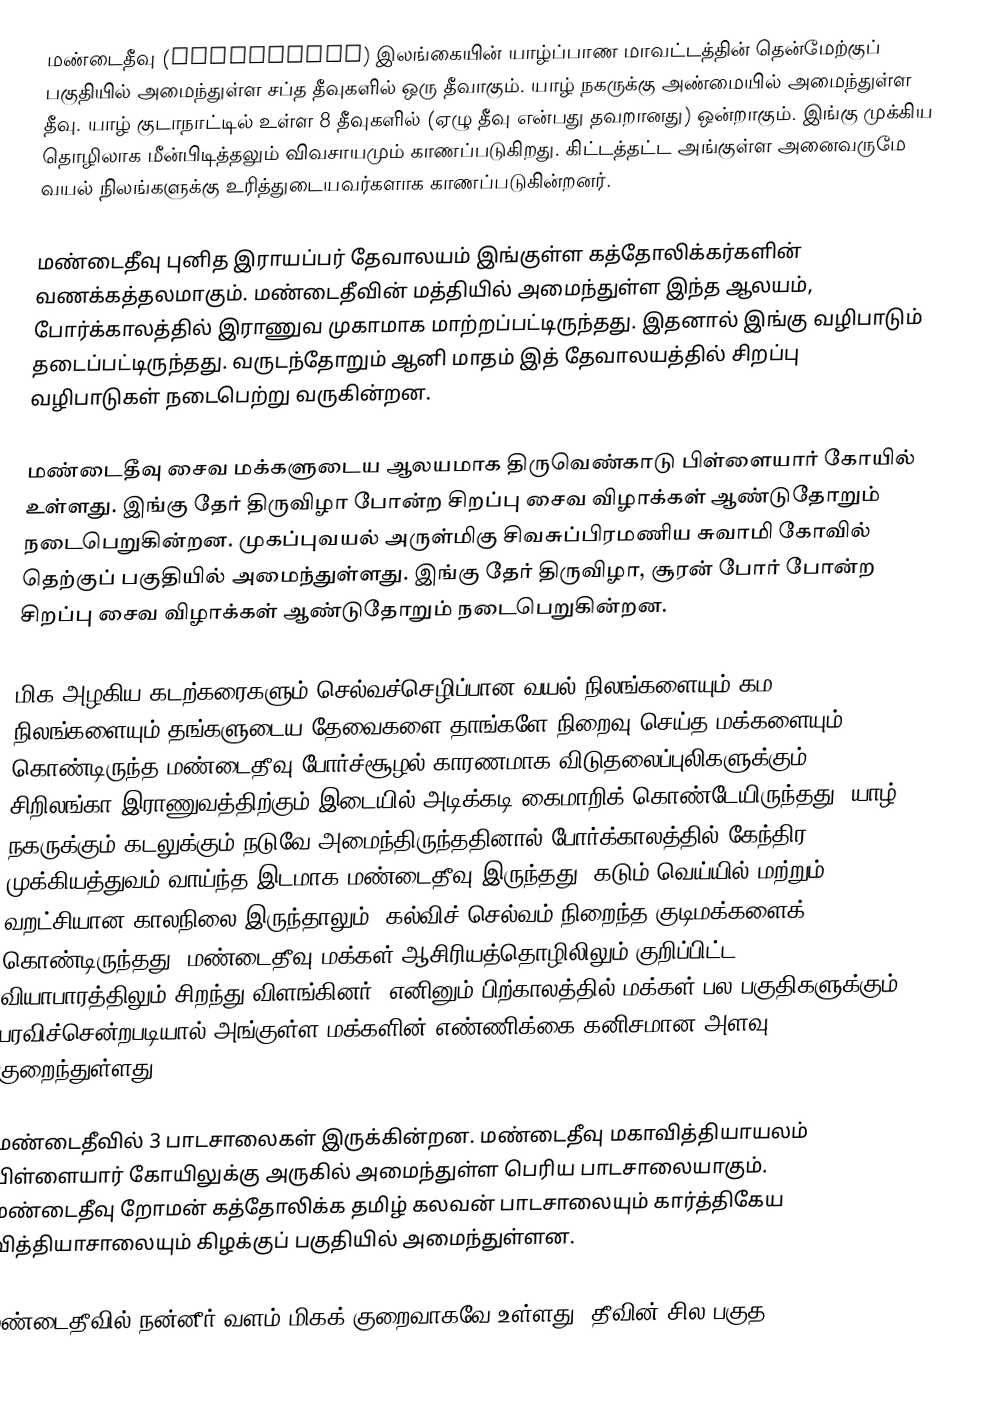
மண்டைதீவு (Mandathivu) இலங்கையின் யாழ்ப்பாண மாவட்டத்தின் தென்மேற்குப் பகுதியில் அமைந்துள்ள சப்த தீவுகளில் ஒரு தீவாகும். யாழ் நகருக்கு அண்மையில் அமைந்துள்ள தீவு. யாழ் குடாநாட்டில் உள்ள 8 தீவுகளில் (ஏழு தீவு என்பது தவறானது) ஒன்றாகும். இங்கு முக்கிய தொழிலாக மீன்பிடித்தலும் விவசாயமும் காணப்படுகிறது. கிட்டத்தட்ட அங்குள்ள அனைவருமே வயல் நிலங்களுக்கு உரித்துடையவர்களாக காணப்படுகின்றனர்.

மண்டைதீவு புனித இராயப்பர் தேவாலயம் இங்குள்ள கத்தோலிக்கர்களின் வணக்கத்தலமாகும். மண்டைதீவின் மத்தியில் அமைந்துள்ள இந்த ஆலயம், போர்க்காலத்தில் இராணுவ முகாமாக மாற்றப்பட்டிருந்தது. இதனால் இங்கு வழிபாடும் தடைப்பட்டிருந்தது. வருடந்தோறும் ஆனி மாதம் இத் தேவாலயத்தில் சிறப்பு வழிபாடுகள் நடைபெற்று வருகின்றன.

மண்டைதீவு சைவ மக்களுடைய ஆலயமாக திருவெண்காடு பிள்ளையார் கோயில் உள்ளது. இங்கு தேர் திருவிழா போன்ற சிறப்பு சைவ விழாக்கள் ஆண்டுதோறும் நடைபெறுகின்றன. முகப்புவயல் அருள்மிகு சிவசுப்பிரமணிய சுவாமி கோவில் தெற்குப் பகுதியில் அமைந்துள்ளது. இங்கு தேர் திருவிழா, சூரன் போர் போன்ற சிறப்பு சைவ விழாக்கள் ஆண்டுதோறும் நடைபெறுகின்றன.

மிக அழகிய கடற்கரைகளும் செல்வச்செழிப்பான வயல் நிலங்களையும் கம நிலங்களையும் தங்களுடைய தேவைகளை தாங்களே நிறைவு செய்த மக்களையும் கொண்டிருந்த மண்டைதீவு போர்ச்சூழல் காரணமாக விடுதலைப்புலிகளுக்கும் சிறிலங்கா இராணுவத்திற்கும் இடையில் அடிக்கடி கைமாறிக் கொண்டேயிருந்தது. யாழ் நகருக்கும் கடலுக்கும் நடுவே அமைந்திருந்ததினால் போர்க்காலத்தில் கேந்திர முக்கியத்துவம் வாய்ந்த இடமாக மண்டைதீவு இருந்தது. கடும் வெய்யில் மற்றும் வறட்சியான காலநிலை இருந்தாலும், கல்விச் செல்வம் நிறைந்த குடிமக்களைக் கொண்டிருந்தது. மண்டைதீவு மக்கள் ஆசிரியத்தொழிலிலும் குறிப்பிட்ட வியாபாரத்திலும் சிறந்து விளங்கினர். எனினும் பிற்காலத்தில் மக்கள் பல பகுதிகளுக்கும் பரவிச்சென்றபடியால் அங்குள்ள மக்களின் எண்ணிக்கை கனிசமான அளவு குறைந்துள்ளது.

மண்டைதீவில் 3 பாடசாலைகள் இருக்கின்றன. மண்டைதீவு மகாவித்தியாயலம் பிள்ளையார் கோயிலுக்கு அருகில் அமைந்துள்ள பெரிய பாடசாலையாகும். மண்டைதீவு றோமன் கத்தோலிக்க தமிழ் கலவன் பாடசாலையும் கார்த்திகேய வித்தியாசாலையும் கிழக்குப் பகுதியில் அமைந்துள்ளன.

மண்டைதீவில் நன்னீர் வளம் மிகக் குறைவாகவே உள்ளது. தீவின் சில பகுத